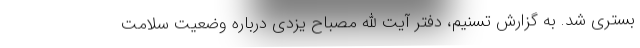
بستری شد. به گزارش تسنیم، دفتر آیت الله مصباح یزدی درباره وضعیت سلامت